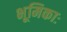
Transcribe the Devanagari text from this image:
भूमिकाः